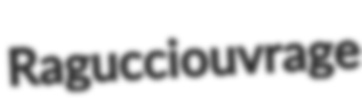
Ragucci ouvrage